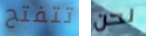
تتفتح نحن